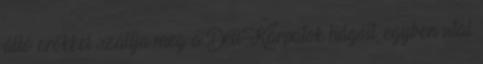
álló erõkkel szállja meg a Déli-Kárpátok hágóit, egyben utal